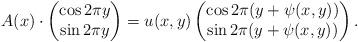
LaTeX: \begin{align*}A(x) \cdot \left(\begin{matrix}\cos{2\pi y} \\ \sin{2\pi y} \end{matrix} \right)=u(x,y)\left(\begin{matrix} \cos{2 \pi (y+\psi(x,y))} \\ \sin{2 \pi (y+\psi(x,y))} \end{matrix} \right).\end{align*}